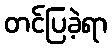
တင်ပြခဲ့ရာ